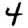
Digit: 4